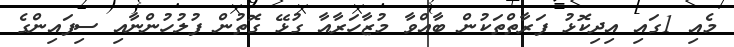
މެއި 1ގައި އިދިކޮޅު ފަރާތްތަކުން ބާއްވާ މުޒާހަރާއާ ގުޅޭ ގޮތުން ފުލުހުންނާއި ސިފައިންގެ